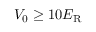
V _ { 0 } \geq 1 0 E _ { \mathrm { R } }